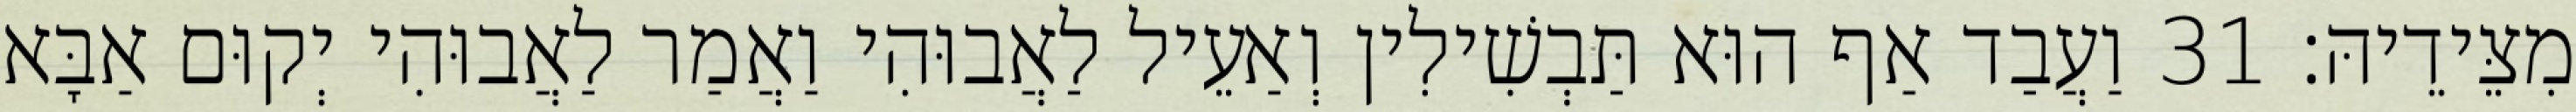
מִצֵּידֵיהּ׃ 31 וַעֲבַד אַף הוּא תַּבְשִׁילִין וְאַעֵיל לַאֲבוּהִי וַאֲמַר לַאֲבוּהִי יְקוּם אַבָּא